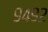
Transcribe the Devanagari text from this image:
९४९२